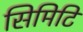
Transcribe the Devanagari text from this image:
सिमिटि